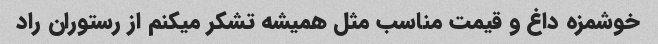
خوشمزه داغ و قیمت مناسب مثل همیشه تشکر میکنم از رستوران راد